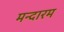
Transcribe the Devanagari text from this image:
मन्दारम